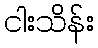
ငါးသိန်း